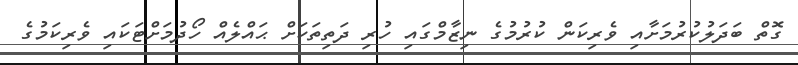
ގޮތް ބަދަލުކުރުމަށާއި ވެރިކަން ކުރުމުގެ ނިޒާމްގައި ހުރި ދަތިތަކަށް ޙައްލެއް ހޯދުމަށްޓަކައި ވެރިކަމުގެ